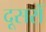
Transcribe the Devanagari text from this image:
दूसरोँ